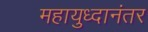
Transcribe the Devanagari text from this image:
महायुध्दानंतर